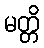
မတ္တိ